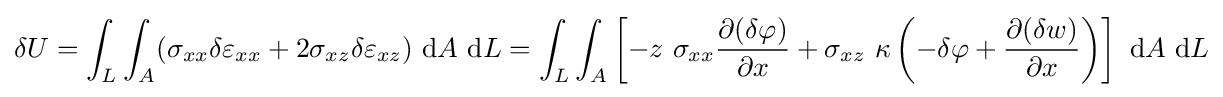
\delta U=\int _{L}\int _{A}(\sigma _{xx}\delta \varepsilon _{xx}+2\sigma _{xz}\delta \varepsilon _{xz})~\mathrm {d} A~\mathrm {d} L=\int _{L}\int _{A}\left[-z~\sigma _{xx}{\frac {\partial (\delta \varphi )}{\partial x}}+\sigma _{xz}~\kappa \left(-\delta \varphi +{\frac {\partial (\delta w)}{\partial x}}\right)\right]~\mathrm {d} A~\mathrm {d} L